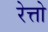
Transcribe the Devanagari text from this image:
रेत्तो